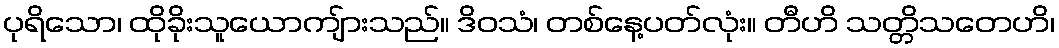
ပုရိသော၊ ထိုခိုးသူယောကျ်ားသည်။ ဒိဝသံ၊ တစ်နေ့ပတ်လုံး။ တီဟိ သတ္တိသတေဟိ၊